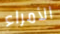
الأمراء